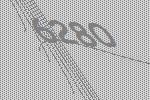
6280